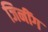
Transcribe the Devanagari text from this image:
जिनींग